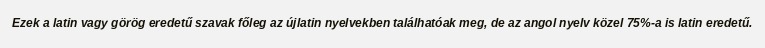
Ezek a latin vagy görög eredetű szavak főleg az újlatin nyelvekben találhatóak meg, de az angol nyelv közel 75%-a is latin eredetű.